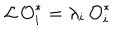
LaTeX: { \cal L \, O } _ { i } ^ { * } = \lambda _ { i } { \cal \, O } _ { i } ^ { * }